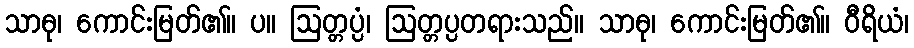
သာဓု၊ ကောင်းမြတ်၏။ ပ။ ဩတ္တပ္ပံ၊ ဩတ္တပ္ပတရားသည်။ သာဓု၊ ကောင်းမြတ်၏။ ဝီရိယံ၊